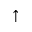
\uparrow